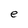
Character: e